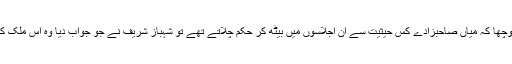
کچھ دن پہلے سپریم کورٹ نے پوچھا کہ میاں صاحبزادے کس حیثیت سے ان اجلاسوں میں بیٹھ کر حکم چلاتے تھے تو شہباز شریف نے جو جواب دیا وہ اس ملک کی تاریخ کا غلیظ ترین حصہ ہے۔